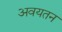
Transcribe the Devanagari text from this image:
अवयतन